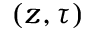
( z , \tau )